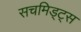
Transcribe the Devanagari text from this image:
सचमिड्ट्स